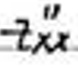
$-2''_{xx}$